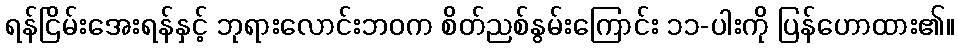
ရန်ငြိမ်းအေးရန်နှင့် ဘုရားလောင်းဘဝက စိတ်ညစ်နွမ်းကြောင်း ၁၁-ပါးကို ပြန်ဟောထား၏။